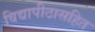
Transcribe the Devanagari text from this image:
विद्यापीठासहित